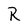
Character: R